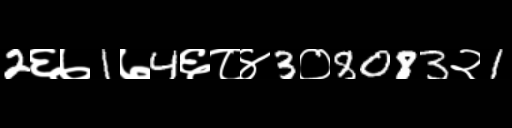
Text: 2६७1७4६८४3०8083२1